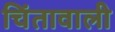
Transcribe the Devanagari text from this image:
चिंतावाली